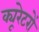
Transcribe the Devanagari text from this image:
क्यूरेटरों